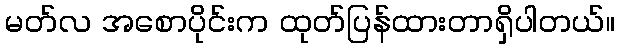
မတ်လ အစောပိုင်းက ထုတ်ပြန်ထားတာရှိပါတယ်။